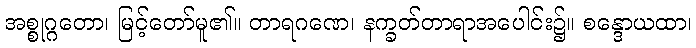
အစ္စုဂ္ဂတော၊ မြင့်တော်မူ၏။ တာရဂဏေ၊ နက္ခတ်တာရာအပေါင်း၌။ စန္ဒောယထာ၊